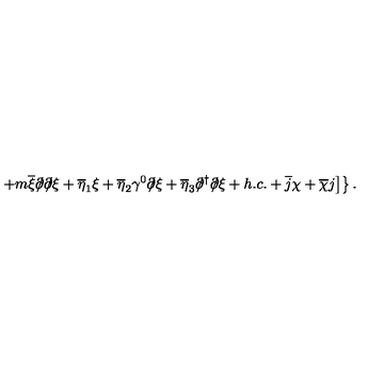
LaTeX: \left. \left. + m \overline { { \xi } } \partial \! \! \! / \partial \! \! \! / \xi + \overline { { \eta } } _ { 1 } \xi + \overline { { \eta } } _ { 2 } \gamma ^ { 0 } \partial \! \! \! / \xi + \overline { { \eta } } _ { 3 } \partial \! \! \! / ^ { \dagger } \partial \! \! \! / \xi + h . c . + \overline { { j } } \chi + \overline { { \chi } } j \right] \right\} .